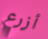
أزرع